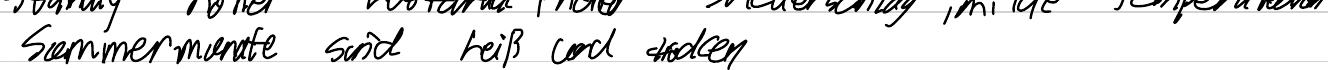
Sommermonate sind heiß und trocken